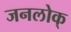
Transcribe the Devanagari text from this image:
जनलोक्